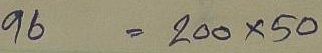
96 = 200 x 50